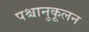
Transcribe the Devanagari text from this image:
पश्चानुकूलन